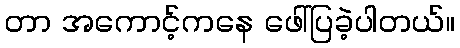
တာ အကောင့်ကနေ ဖေါ်ပြခဲ့ပါတယ်။